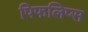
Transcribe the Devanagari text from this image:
पिफलिप्स